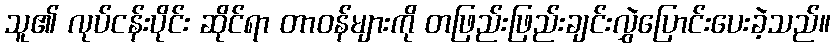
သူ၏ လုပ်ငန်းပိုင်း ဆိုင်ရာ တာဝန်များကို တဖြည်းဖြည်းချင်းလွှဲပြောင်းပေးခဲ့သည်။